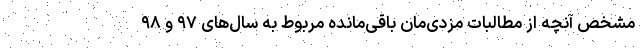
مشخص آنچه از مطالبات مزدی‌مان باقی‌مانده مربوط به سال‌های ۹۷ و ۹۸